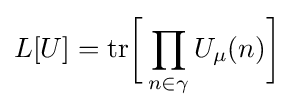
L[U]={\text{tr}}{\bigg [}\prod _{n\in \gamma }U_{\mu }(n){\bigg ]}